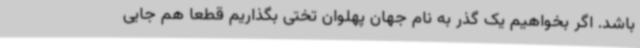
باشد. اگر بخواهیم یک گذر به نام جهان پهلوان تختی بگذاریم قطعا هم جایی